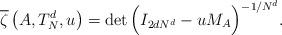
LaTeX: \begin{align*}\overline{\zeta} \left(A, T^d_N, u \right) = \det \Big( I_{2d N^d} - u M_A \Big)^{-1/N^d}.\end{align*}